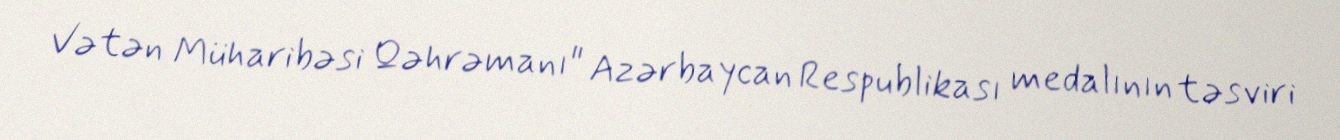
Vətən Müharibəsi Qəhrəmanı" Azərbaycan Respublikası medalının təsviri